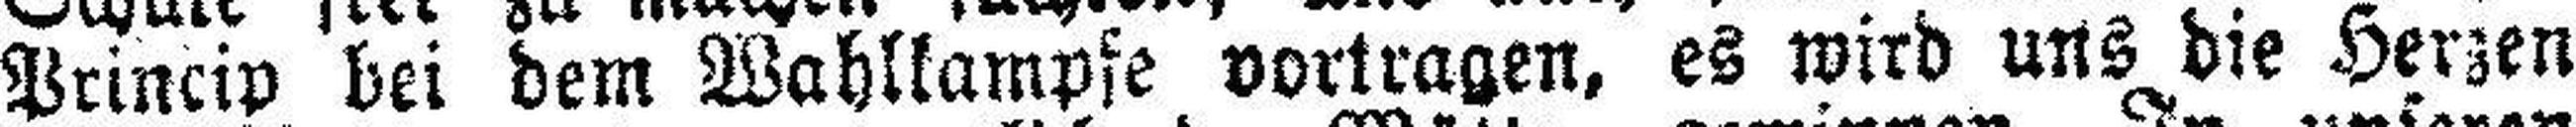
Princip bei dem Wahlkampfe vortragen, es wird uns die Herzen